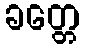
ခတ္တေ